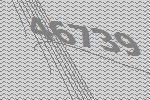
46739